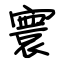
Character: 寰